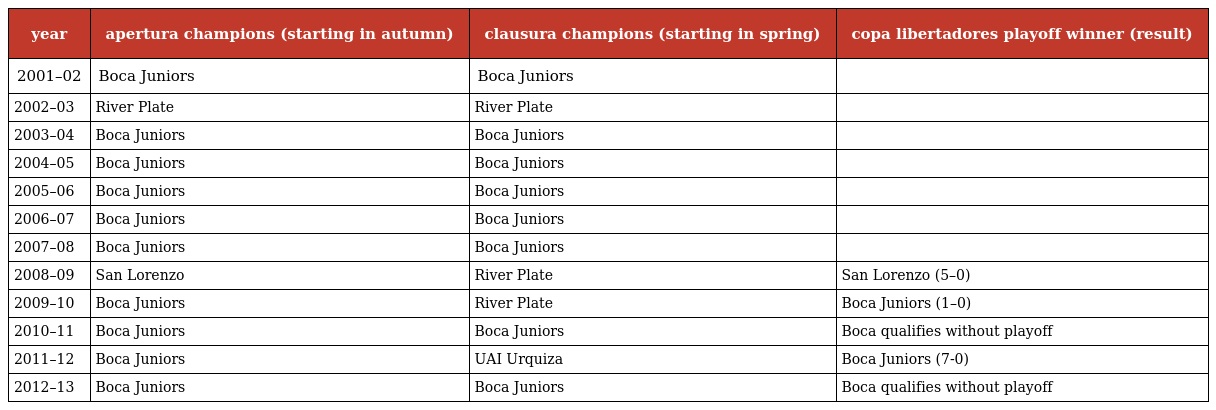
| year | apertura champions (starting in autumn) | clausura champions (starting in spring) | copa libertadores playoff winner (result) |
 | --- | --- | --- | --- |
 | 2001–02 | Boca Juniors | Boca Juniors |  |
 | 2002–03 | River Plate | River Plate |  |
 | 2003–04 | Boca Juniors | Boca Juniors |  |
 | 2004–05 | Boca Juniors | Boca Juniors |  |
 | 2005–06 | Boca Juniors | Boca Juniors |  |
 | 2006–07 | Boca Juniors | Boca Juniors |  |
 | 2007–08 | Boca Juniors | Boca Juniors |  |
 | 2008–09 | San Lorenzo | River Plate | San Lorenzo (5–0) |
 | 2009–10 | Boca Juniors | River Plate | Boca Juniors (1–0) |
 | 2010–11 | Boca Juniors | Boca Juniors | Boca qualifies without playoff |
 | 2011–12 | Boca Juniors | UAI Urquiza | Boca Juniors (7-0) |
 | 2012–13 | Boca Juniors | Boca Juniors | Boca qualifies without playoff |